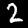
Digit: 2